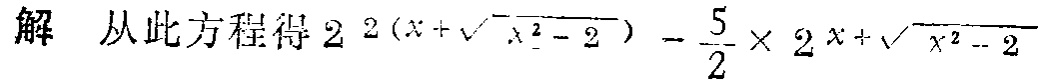
解 从此方程得 \(2^{2\left(x + \sqrt{x^{2}-2}\right)}-\frac{5}{2}\times 2^{x+\sqrt{x^{2}-2}}\)